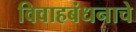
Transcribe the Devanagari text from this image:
विवाहबंधनाचे